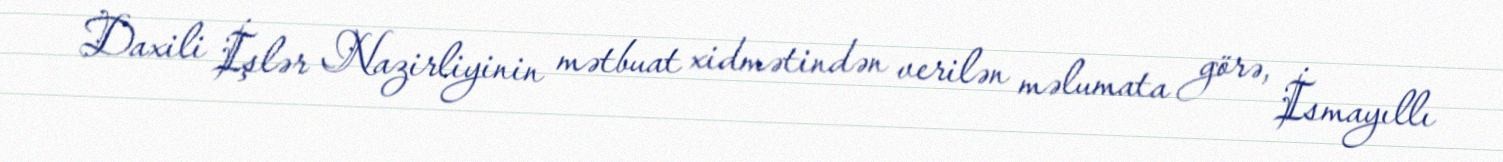
Daxili İşlər Nazirliyinin mətbuat xidmətindən verilən məlumata görə, İsmayıllı